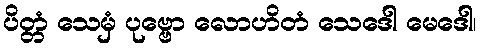
ပိတ္တံ သေမှံ ပုဗ္ဗော လောဟိတံ သေဒေါ မေဒေါ၊